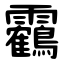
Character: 靏